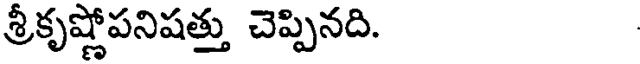
శ్రీకృష్ణోపనిషత్తు చెప్పినది.